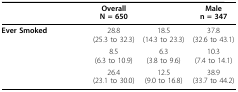
<table><thead><tr><td>[EMPTY_CELL]</td><td><b>OverallN = 650</b></td><td>[EMPTY_CELL]</td><td><b>Malen = 347</b></td></tr></thead><tbody><tr><td><b>Ever Smoked</b></td><td>28.8(25.3 to 32.3)</td><td>18.5(14.3 to 23.3)</td><td>37.8(32.6 to 43.1)</td></tr><tr><td>[EMPTY_CELL]</td><td>8.5(6.3 to 10.9)</td><td>6.3(3.8 to 9.6)</td><td>10.3(7.4 to 14.1)</td></tr><tr><td>[EMPTY_CELL]</td><td>26.4(23.1 to 30.0)</td><td>12.5(9.0 to 16.8)</td><td>38.9(33.7 to 44.2)</td></tr></tbody></table>